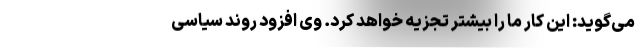
می‌گوید: این کار ما را بیشتر تجزیه خواهد کرد. وی افزود روند سیاسی